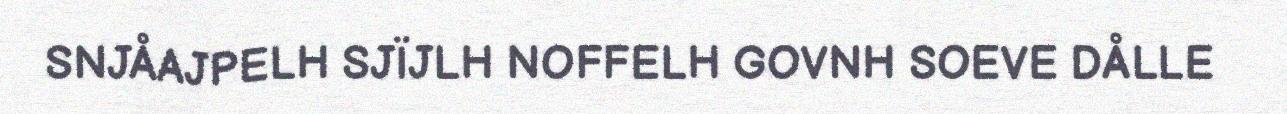
SNJÅAJPELH SJÏJLH NOFFELH GOVNH SOEVE DÅLLE